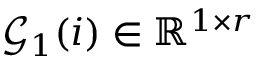
\mathcal { G } _ { 1 } ( i ) \in \mathbb { R } ^ { 1 \times r }